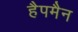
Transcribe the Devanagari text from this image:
हैपमैन